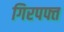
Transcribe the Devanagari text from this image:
गिरपफ्त